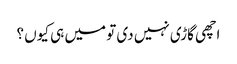
اچھی گاڑی نہیں دی تو میں ہی کیوں ؟